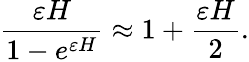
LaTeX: \frac{\varepsilon H}{1-e^{\varepsilon H}}\approx 1+\frac{\varepsilon H}{2}.